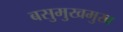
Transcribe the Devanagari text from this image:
बसुमुखमुख